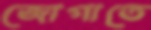
জোগাতে